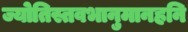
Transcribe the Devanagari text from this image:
ज्योतिस्तवभानुमानहनि